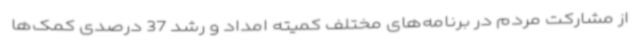
از مشارکت مردم در برنامه‌های مختلف کمیته امداد و رشد 37 درصدی کمک‌ها